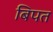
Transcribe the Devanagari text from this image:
बिपत